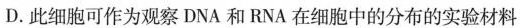
D.此细胞可作为观察DNA和RNA在细胞中的分布的实验材料